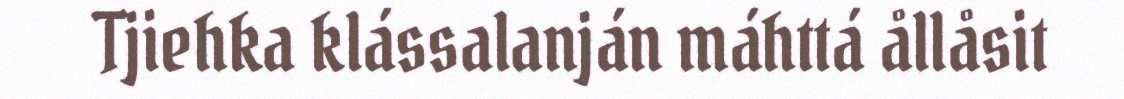
Tjiehka klássalanján máhttá ållåsit